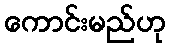
ကောင်းမည်ဟု